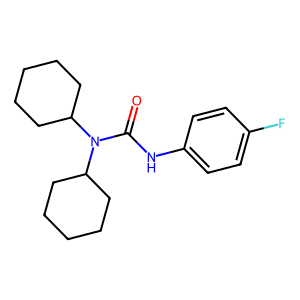
SMILES: O=C(Nc1ccc(F)cc1)N(C1CCCCC1)C1CCCCC1
Inhibits HIV replication: No